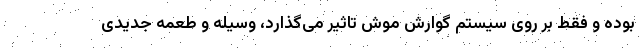
بوده و فقط بر روی سیستم گوارش موش تاثیر می‌گذارد، وسیله و طعمه جدیدی